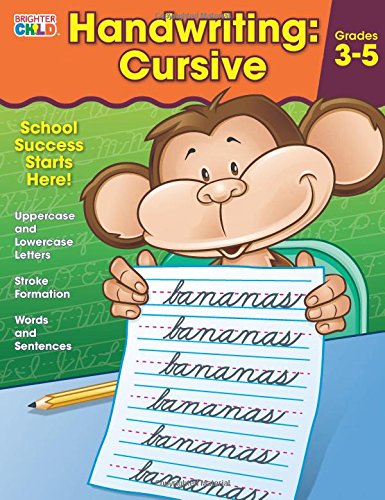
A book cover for Handwriting: Cursive Workbook; Children's Books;